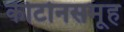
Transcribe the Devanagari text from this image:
कीटोनसमूह